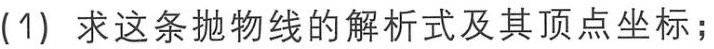
(1) 求这条抛物线的解析式及其顶点坐标；